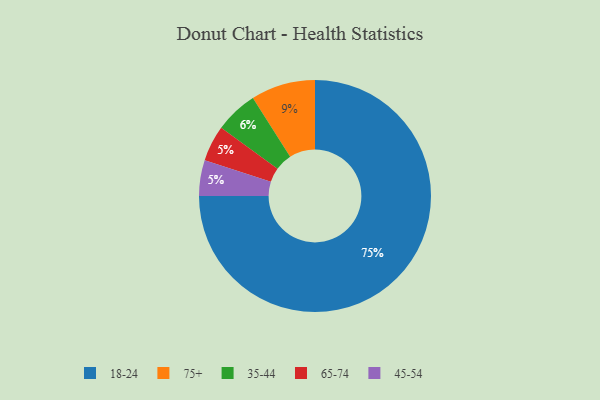
{"axis": {"x": "Category", "y": "Percentage"}, "legend": ["18-24", "35-44", "45-54", "65-74", "75+"], "data": [{"x": "35-44", "y": 6, "type": "35-44"}, {"x": "18-24", "y": 75, "type": "18-24"}, {"x": "65-74", "y": 5, "type": "65-74"}, {"x": "75+", "y": 9, "type": "75+"}, {"x": "45-54", "y": 5, "type": "45-54"}]}